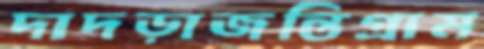
দাদড়াজন্তিগ্রাম